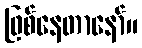
ဖြစ်နေတာနော်။